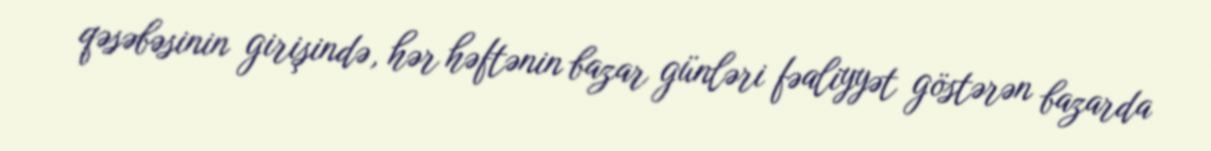
qəsəbəsinin girişində, hər həftənin bazar günləri fəaliyyət göstərən bazarda